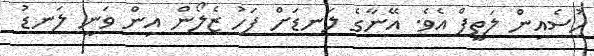
ހުސެއިން ލަތީފް އެވެ. އޭނާގެ ލަނޑަށް ފަހު ޒެލޯން އިން ވަނީ ލަނޑު